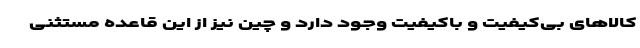
کالاهای بی‌کیفیت و باکیفیت وجود دارد و چین نیز از این قاعده مستثنی